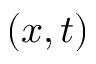
( x , t )